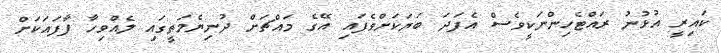
ކައިރީ އުޅުނު ރައްޓެހިންނަކީވެސް އެފަދަ ބަޔަކަށްވެފައި އޭގެ މައްޗަށް ދުނިޔެމަތީގައި ލެއްވިހާ ފާފައަކަށް